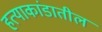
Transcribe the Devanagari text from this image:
हत्याकांडातील